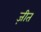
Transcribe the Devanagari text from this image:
ज़ीत